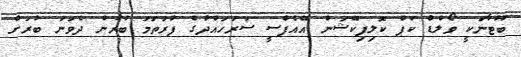
ބޫޓާނަކީ ވޯލްޑް ކަޕް ކޮލިފިކޭޝަން އޭއެފްސީ ސަރަހައްދުގެ ފުރަތަމަ ބުރުން ދެވަނަ ބުރަށް